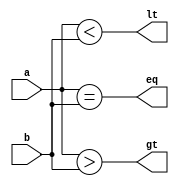
module cmp4 (
    input [3:0] a,b,
    output gt, eq,lt
);
assign gt = a>b;
assign eq = a==b;
assign lt = a<b;
    
endmodule